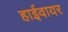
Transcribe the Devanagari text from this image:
हाईवायर